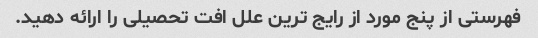
فهرستی از پنج مورد از رایج ترین علل افت تحصیلی را ارائه دهید.